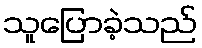
သူပြောခဲ့သည်